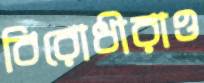
বিরোধীরাও